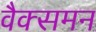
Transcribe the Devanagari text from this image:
वैक्समन